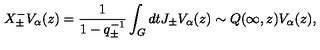
X _ { \pm } ^ { - } V _ { \alpha } ( z ) = \frac { 1 } { 1 - q _ { \pm } ^ { - 1 } } \int _ { G } d t J _ { \pm } V _ { \alpha } ( z ) \sim Q ( \infty , z ) V _ { \alpha } ( z ) ,